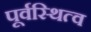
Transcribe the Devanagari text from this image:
पूर्वस्थित्व